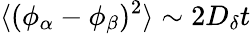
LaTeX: \langle(\phi_{\alpha}-\phi_{\beta})^{2}\rangle\sim 2D_{\delta}t